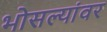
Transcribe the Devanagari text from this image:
भोसल्यांवर